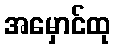
အမှောင်ထု